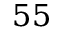
5 5